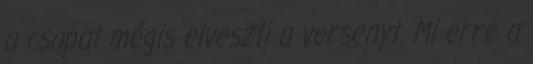
a csapat mégis elveszti a versenyt. Mi erre a